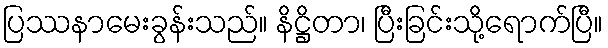
ပြဿနာမေးခွန်းသည်။ နိဋ္ဌိတာ၊ ပြီးခြင်းသို့ရောက်ပြီ။